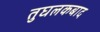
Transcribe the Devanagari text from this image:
तुघलकबाद